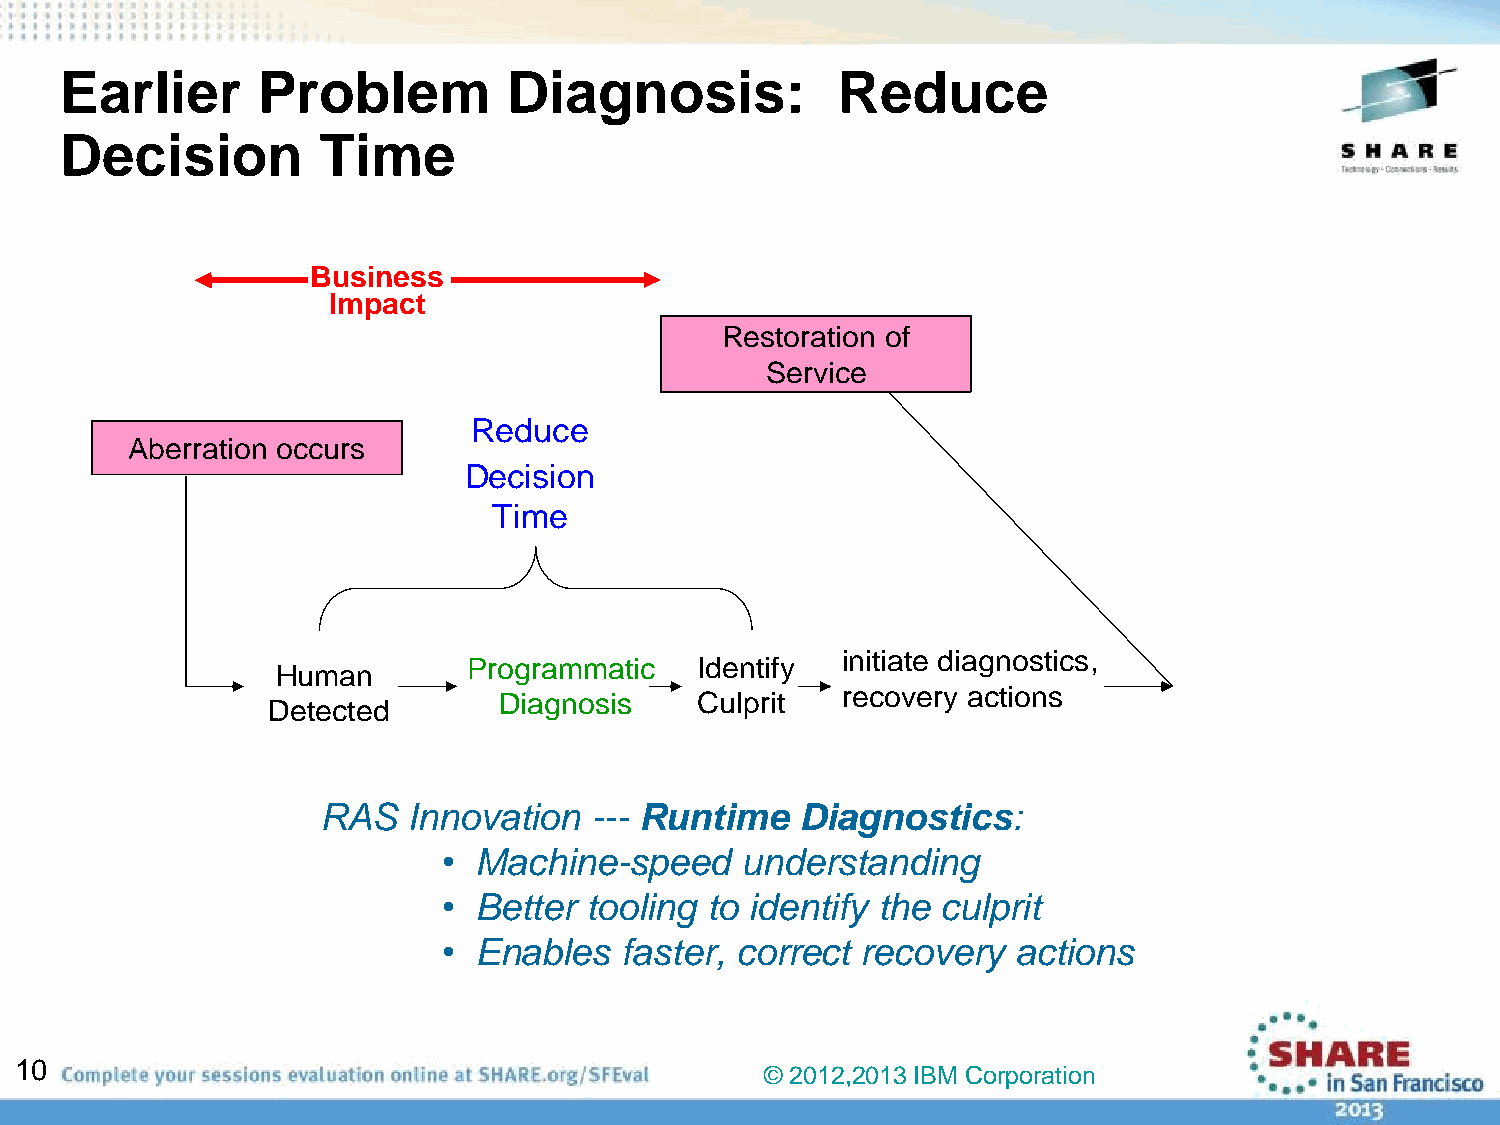
Earlier      Problem          Diagnosis:           Reduce
 Decision         Time
 BBuussiinneessss
 IImmppaacctt
 Restoration of
 Service
 Reduce
 Aberration occurs
 Decision
 Time
 initiate diagnostics,
 Programmatic   Identify
 Human
 recovery actions
 Diagnosis    Culprit
 Detected
 RAS   Innovation  --- Runtime   Diagnostics:
 • Machine-speed     understanding
 • Better  tooling to identify the culprit
 • Enables   faster, correct recovery  actions
 10
 © 2012,2013 IBM Corporation